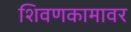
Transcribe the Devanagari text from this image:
शिवणकामावर